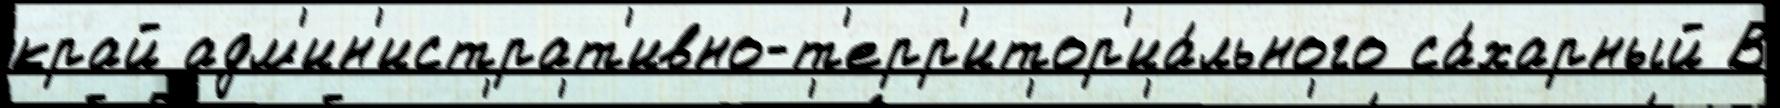
край адм'ин'истрат'ивно-т'ерр'итор'иа́льного са́харный В